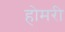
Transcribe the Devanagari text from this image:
होमरी